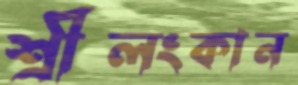
শ্রীলংকান